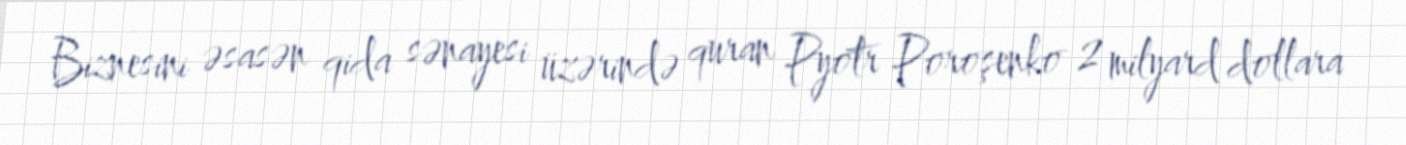
Biznesini əsasən qida sənayesi üzərində quran Pyotr Poroşenko 2 milyard dollara